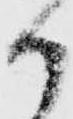
郎